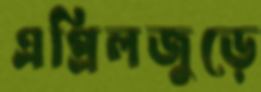
এপ্রিলজুড়ে